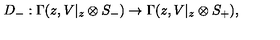
D _ { - } : \Gamma ( z , V | _ { z } \otimes S _ { - } ) \rightarrow \Gamma ( z , V | _ { z } \otimes S _ { + } ) ,